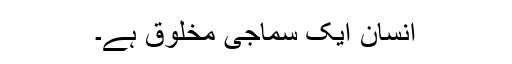
انسان ایک سماجی مخلوق ہے۔